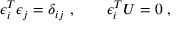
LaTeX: \epsilon _ { i } ^ { T } \epsilon _ { j } = \delta _ { i j } \ , \qquad \epsilon _ { i } ^ { T } U = 0 \ ,